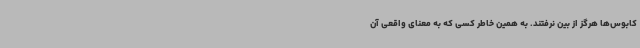
کابوس‌ها هرگز از بین نرفتند. به همین خاطر کسی که به معنای واقعی آن